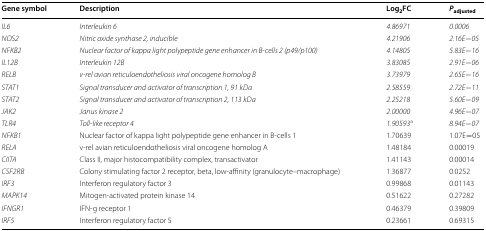
| Gene symbol | Description | Log2FC | Padjusted |
 | --- | --- | --- | --- |
 | IL6 | Interleukin 6 | 4.86971 | 0.0006 |
 | NOS2 | Nitric oxide synthase 2, inducible | 4.21906 | 2.16E−05 |
 | NFKB2 | Nuclear factor of kappa light polypeptide gene enhancer in B-cells 2 (p49/p100) | 4.14805 | 5.83E−16 |
 | IL12B | Interleukin 12B | 3.83085 | 2.91E−06 |
 | RELB | v-rel avian reticuloendotheliosis viral oncogene homolog B | 3.73979 | 2.65E−16 |
 | STAT1 | Signal transducer and activator of transcription 1, 91 kDa | 2.58559 | 2.72E−11 |
 | STAT2 | Signal transducer and activator of transcription 2, 113 kDa | 2.25218 | 5.60E−09 |
 | JAK2 | Janus kinase 2 | 2.00000 | 4.96E−07 |
 | TLR4 | Toll-like receptor 4 | 1.90593a | 8.94E−07 |
 | NFKB1 | Nuclear factor of kappa light polypeptide gene enhancer in B-cells 1 | 1.70639 | 1.07E−05 |
 | RELA | v-rel avian reticuloendotheliosis viral oncogene homolog A | 1.48184 | 0.00019 |
 | CIITA | Class II, major histocompatibility complex, transactivator | 1.41143 | 0.00014 |
 | CSF2RB | Colony stimulating factor 2 receptor, beta, low-affinity (granulocyte–macrophage) | 1.36877 | 0.0252 |
 | IRF3 | Interferon regulatory factor 3 | 0.99868 | 0.01143 |
 | MAPK14 | Mitogen-activated protein kinase 14 | 0.51622 | 0.27282 |
 | IFNGR1 | IFN-g receptor 1 | 0.46379 | 0.39809 |
 | IRF5 | Interferon regulatory factor 5 | 0.23661 | 0.69315 |